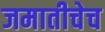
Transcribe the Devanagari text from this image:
जमातीचेच